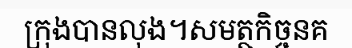
ក្រុងបានលុង។សមត្ថកិច្ចនគ